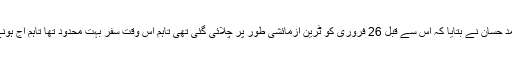
اورنج ٹرین منصوبے کی اسٹیئرنگ کمیٹی کے چیئرمین خواجہ احمد حسان نے بتایا کہ اس سے قبل 26 فروری کو ٹرین آزمائشی طور پر چلائی گئی تھی تاہم اس وقت سفر بہت محدود تھا تاہم آج ہونے والے آزمائشی ٹرائل میں ٹرین 11 کلو میٹر سفر طے کرے گی۔